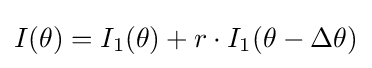
I(\theta )=I_{1}(\theta )+r\cdot I_{1}(\theta -\Delta \theta )